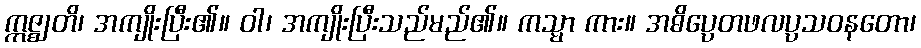
ဣဇ္ဈတိ၊ အကျိုးပြီး၏။ ဝါ၊ အကျိုးပြီးသည်မည်၏။ ကသ္မာ ကား။ အဓိပ္ပေတဖလပ္ပသဝနတော၊